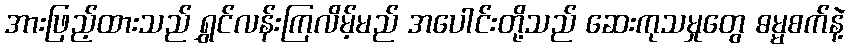
အားဖြည့်ထားသည် ရွှင်လန်းကြလိမ့်မည် အပေါင်းတို့သည် ဆေးကုသမှုတွေ ဓမ္မစက်နဲ့